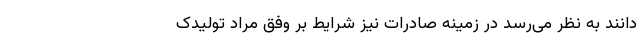
‌دانند به نظر می‌رسد در زمینه صادرات نیز شرایط بر وفق مراد تولیدک